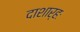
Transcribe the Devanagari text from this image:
दाशार्हः